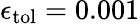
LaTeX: \epsilon_{\mathrm{{tol}}}=0.001